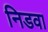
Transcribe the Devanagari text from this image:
निडवा